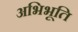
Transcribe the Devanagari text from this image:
अभिभूति